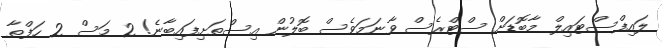
ލައިފްސްޓައިލް މާބޮޑަށް ސްޓްރެސް ވާނަމަވެސް ބޮލުން އިސްތަށިފައިބާނެ! 2 މަސް 2 ހަފްތާ